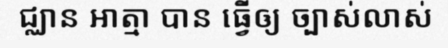
ជ្ឈាន អាត្មា បាន ធ្វើឲ្យ ច្បាស់លាស់